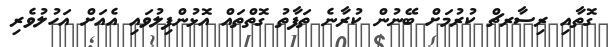
ގޮތާއި ރިސާރޗް ކުރުމަށް ބޭނުން ކުރާނެ ތަފާތު ގޮތްތައް އޮޅުންފިލުވައި އެއަށް އަހުލުވެރި